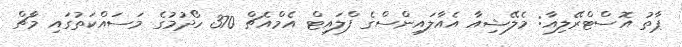
ޕާތު އޮސްޓްރޭލިއާ: މެލޭޝިއާ އެއާލައިންސްގެ ފްލައިޓް އެމްއެޗް 370 ހޯދުމުގެ މަސައްކަތުގައި މާޗް